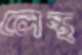
লেন্থ